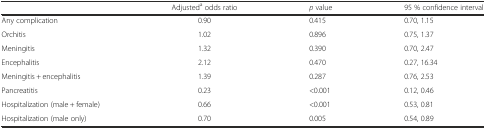
<table><thead><tr><td></td><td><b>Adjusted<sup>a</sup> odds ratio</b></td><td><b><i>p</i> value</b></td><td><b>95 % confidence interval</b></td></tr></thead><tbody><tr><td>Any complication</td><td>0.90</td><td>0.415</td><td>0.70, 1.15</td></tr><tr><td>Orchitis</td><td>1.02</td><td>0.896</td><td>0.75, 1.37</td></tr><tr><td>Meningitis</td><td>1.32</td><td>0.390</td><td>0.70, 2.47</td></tr><tr><td>Encephalitis</td><td>2.12</td><td>0.470</td><td>0.27, 16.34</td></tr><tr><td>Meningitis + encephalitis</td><td>1.39</td><td>0.287</td><td>0.76, 2.53</td></tr><tr><td>Pancreatitis</td><td>0.23</td><td>&lt;0.001</td><td>0.12, 0.46</td></tr><tr><td>Hospitalization (male + female)</td><td>0.66</td><td>&lt;0.001</td><td>0.53, 0.81</td></tr><tr><td>Hospitalization (male only)</td><td>0.70</td><td>0.005</td><td>0.54, 0.89</td></tr></tbody></table>